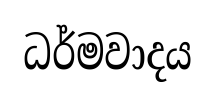
ධර්මවාදය